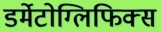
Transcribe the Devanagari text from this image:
डर्मेटोग्लिफिक्स